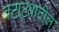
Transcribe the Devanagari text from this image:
बटाट्यातील